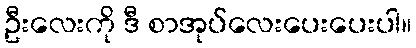
ဦးလေးကို ဒီ စာအုပ်လေးပေးပေးပါ။